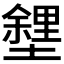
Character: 𡒟